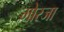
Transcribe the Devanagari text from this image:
मोरजा